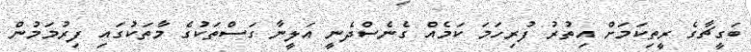
ބަގީޗާގެ ރީތިކަމަށް އިތުރު ފުރިހަމަ ކަމެއް ގެނެސްދެނީ އަލީނާ ގަސްތަކުގެ މާތަކުގައި ފިރުމަމުން